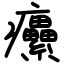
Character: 癳